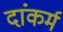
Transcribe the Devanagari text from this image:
दांकर्म